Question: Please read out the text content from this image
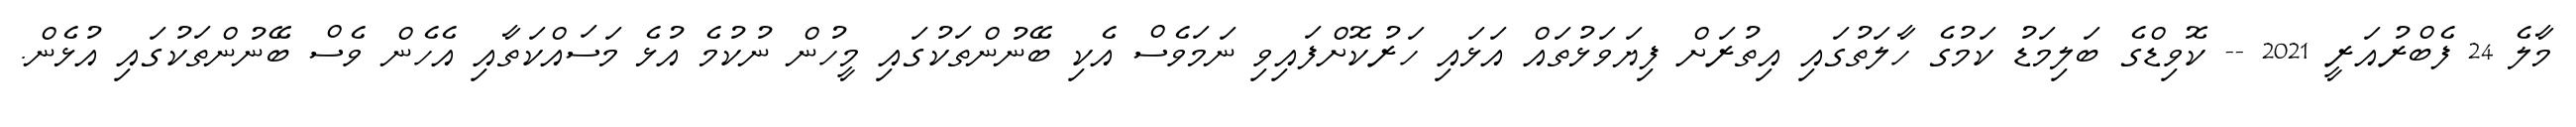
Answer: މާލެ 24 ފެބްރުއަރީ 2021 -- ކޮވިޑްގެ ބަލިމަޑު ކަމުގެ ހާލަތުގައި އިތުރަށް ފިޔަވަޅުތައް އަޅައި ހަރުކޮށްފައިވި ނަމަވެސް އެކި ބޭނުންތަކުގައި މީހުން ނުކުމެ އުޅެ މަސައްކަތާއި އެހެން ވެސް ބޭނުންތަކުގައި އުޅެން.